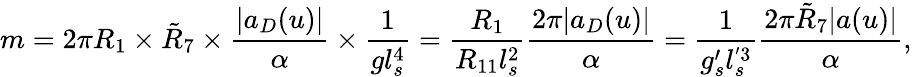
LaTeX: m=2\pi R_{1}\times\tilde{R}_{7}\times{\frac{|a_{D}(u)|}{\alpha}}\times{\frac{1}{gl_{s}^{4}}}={\frac{R_{1}}{R_{11}l_{s}^{2}}}{\frac{2\pi|a_{D}(u)|}{\alpha}}={\frac{1}{g_{s}^{\prime}l_{s}^{'3}}}{\frac{2\pi\tilde{R}_{7}|a(u)|}{\alpha}},